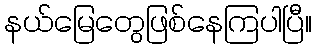
နယ်မြေတွေဖြစ်နေကြပါပြီ။